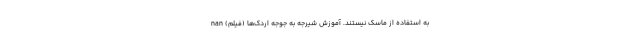
به استفاده از ماسک نیستند. آموزش شیرجه به جوجه اردک‌ها (فیلم) nan